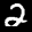
Label: 2